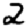
Digit: 2